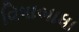
વિષાબાધા